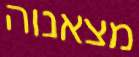
מצאנוה